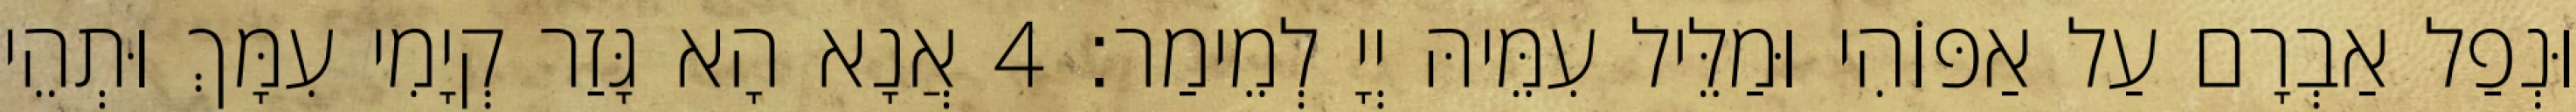
וּנְפַל אַבְרָם עַל אַפּוֹהִי וּמַלֵּיל עִמֵּיהּ יְיָ לְמֵימַר׃ 4 אֲנָא הָא גָּזַר קְיָמִי עִמָּךְ וּתְהֵי